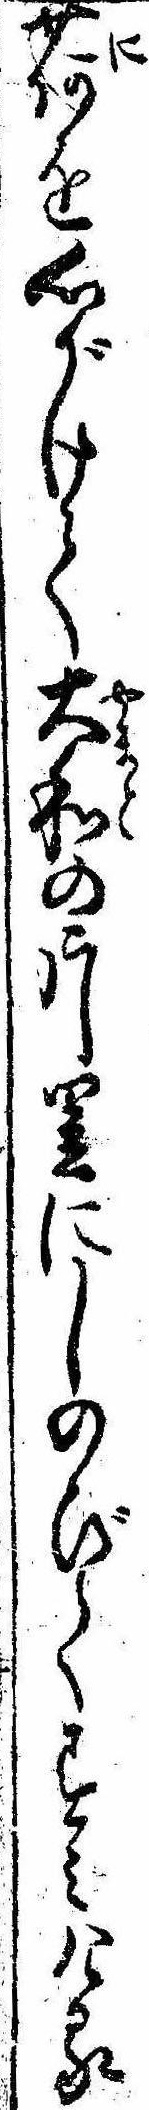
荷を心がけて大和の片里にしのびてすみける